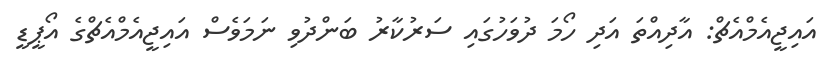
އައިޖީއެމްއެޗް: އާދިއްތަ އަދި ހޯމަ ދުވަހުގައި ސަރުކާރު ބަންދުވި ނަމަވެސް އައިޖީއެމްއެޗްގެ އޯޕީޑީ